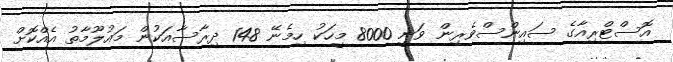
އޮސްޓްރިއާގެ ސައިންސްވެރިން ވަނީ 8000 މީހަކު ހިމެނޭ 148 ދިރާސާއަކުން މައުލޫމާތު އެއްކޮށް